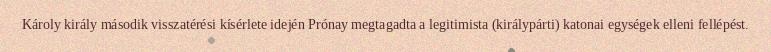
Károly király második visszatérési kísérlete idején Prónay megtagadta a legitimista (királypárti) katonai egységek elleni fellépést.